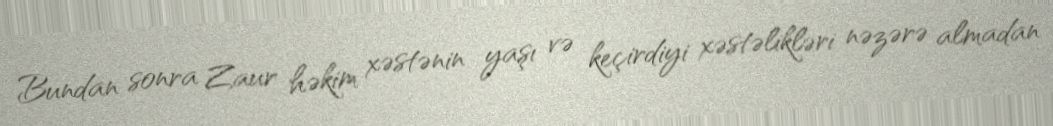
Bundan sonra Zaur həkim xəstənin yaşı və keçirdiyi xəstəlikləri nəzərə almadan